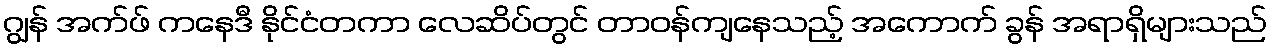
ဂျွန် အက်ဖ် ကနေဒီ နိုင်ငံတကာ လေဆိပ်တွင် တာဝန်ကျနေသည့် အကောက် ခွန် အရာရှိများသည်